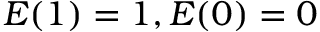
E ( 1 ) = 1 , E ( 0 ) = 0